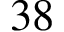
3 8